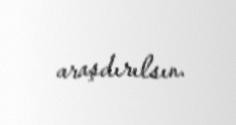
araşdırılsın.